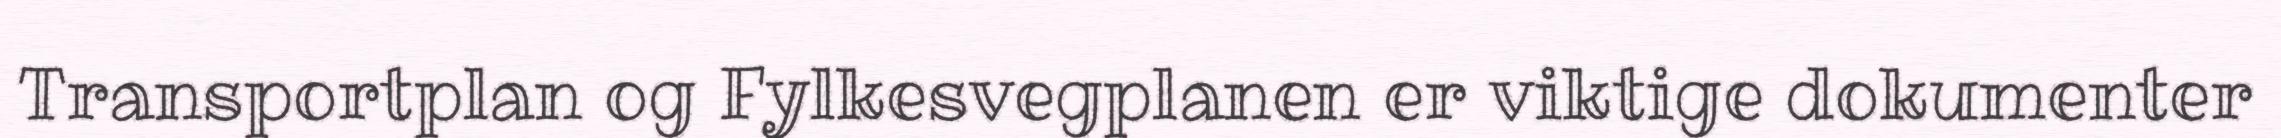
Transportplan og Fylkesvegplanen er viktige dokumenter